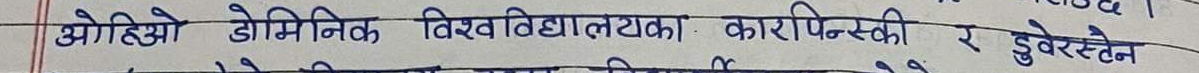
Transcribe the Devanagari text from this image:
ओहियो डोमिनिक विश्वविद्यालयका कारपिन्स्की र डुवेरस्टेन